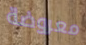
معروضة